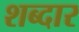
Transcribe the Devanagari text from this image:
शब्दार